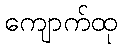
ကျောက်ထု